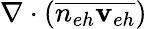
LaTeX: \nabla\cdot(\overline{{n_{eh}{\mathbf v}_{eh}}})